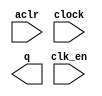
// megafunction wizard: %LPM_COUNTER%VBB%
// GENERATION: STANDARD
// VERSION: WM1.0
// MODULE: LPM_COUNTER 

// ============================================================
// Megafunction Name(s):
// 			LPM_COUNTER
//
// Simulation Library Files(s):
// 			lpm
// ============================================================
// ************************************************************
// THIS IS A WIZARD-GENERATED FILE. DO NOT EDIT THIS FILE!
//
// 12.0 Build 178 05/31/2012 SJ Full Version
// ************************************************************

//Copyright (C) 1991-2012 Altera Corporation
//Your use of Altera Corporation's design tools, logic functions 
//and other software and tools, and its AMPP partner logic 
//functions, and any output files from any of the foregoing 
//(including device programming or simulation files), and any 
//associated documentation or information are expressly subject 
//to the terms and conditions of the Altera Program License 
//Subscription Agreement, Altera MegaCore Function License 
//Agreement, or other applicable license agreement, including, 
//without limitation, that your use is for the sole purpose of 
//programming logic devices manufactured by Altera and sold by 
//Altera or its authorized distributors.  Please refer to the 
//applicable agreement for further details.

module CLOCK_COUNTER (
	aclr,
	clk_en,
	clock,
	q);

	input	  aclr;
	input	  clk_en;
	input	  clock;
	output	[31:0]  q;

endmodule

// ============================================================
// CNX file retrieval info
// ============================================================
// Retrieval info: PRIVATE: ACLR NUMERIC "1"
// Retrieval info: PRIVATE: ALOAD NUMERIC "0"
// Retrieval info: PRIVATE: ASET NUMERIC "0"
// Retrieval info: PRIVATE: ASET_ALL1 NUMERIC "1"
// Retrieval info: PRIVATE: CLK_EN NUMERIC "1"
// Retrieval info: PRIVATE: CNT_EN NUMERIC "0"
// Retrieval info: PRIVATE: CarryIn NUMERIC "0"
// Retrieval info: PRIVATE: CarryOut NUMERIC "0"
// Retrieval info: PRIVATE: Direction NUMERIC "0"
// Retrieval info: PRIVATE: INTENDED_DEVICE_FAMILY STRING "Cyclone IV GX"
// Retrieval info: PRIVATE: ModulusCounter NUMERIC "0"
// Retrieval info: PRIVATE: ModulusValue NUMERIC "0"
// Retrieval info: PRIVATE: SCLR NUMERIC "0"
// Retrieval info: PRIVATE: SLOAD NUMERIC "0"
// Retrieval info: PRIVATE: SSET NUMERIC "0"
// Retrieval info: PRIVATE: SSET_ALL1 NUMERIC "1"
// Retrieval info: PRIVATE: SYNTH_WRAPPER_GEN_POSTFIX STRING "0"
// Retrieval info: PRIVATE: nBit NUMERIC "32"
// Retrieval info: PRIVATE: new_diagram STRING "1"
// Retrieval info: LIBRARY: lpm lpm.lpm_components.all
// Retrieval info: CONSTANT: LPM_DIRECTION STRING "UP"
// Retrieval info: CONSTANT: LPM_PORT_UPDOWN STRING "PORT_UNUSED"
// Retrieval info: CONSTANT: LPM_TYPE STRING "LPM_COUNTER"
// Retrieval info: CONSTANT: LPM_WIDTH NUMERIC "32"
// Retrieval info: USED_PORT: aclr 0 0 0 0 INPUT NODEFVAL "aclr"
// Retrieval info: USED_PORT: clk_en 0 0 0 0 INPUT NODEFVAL "clk_en"
// Retrieval info: USED_PORT: clock 0 0 0 0 INPUT NODEFVAL "clock"
// Retrieval info: USED_PORT: q 0 0 32 0 OUTPUT NODEFVAL "q[31..0]"
// Retrieval info: CONNECT: @aclr 0 0 0 0 aclr 0 0 0 0
// Retrieval info: CONNECT: @clk_en 0 0 0 0 clk_en 0 0 0 0
// Retrieval info: CONNECT: @clock 0 0 0 0 clock 0 0 0 0
// Retrieval info: CONNECT: q 0 0 32 0 @q 0 0 32 0
// Retrieval info: GEN_FILE: TYPE_NORMAL CLOCK_COUNTER.v TRUE
// Retrieval info: GEN_FILE: TYPE_NORMAL CLOCK_COUNTER.inc FALSE
// Retrieval info: GEN_FILE: TYPE_NORMAL CLOCK_COUNTER.cmp FALSE
// Retrieval info: GEN_FILE: TYPE_NORMAL CLOCK_COUNTER.bsf FALSE
// Retrieval info: GEN_FILE: TYPE_NORMAL CLOCK_COUNTER_inst.v FALSE
// Retrieval info: GEN_FILE: TYPE_NORMAL CLOCK_COUNTER_bb.v TRUE
// Retrieval info: LIB_FILE: lpm